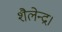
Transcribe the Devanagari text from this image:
शैलेन्द्र।